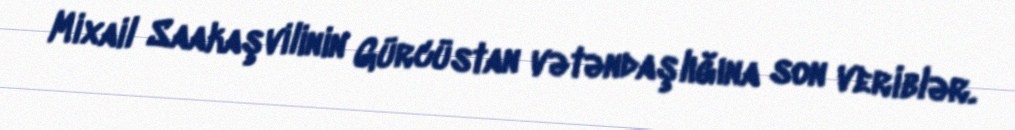
Mixail Saakaşvilinin Gürcüstan vətəndaşlığına son veriblər.